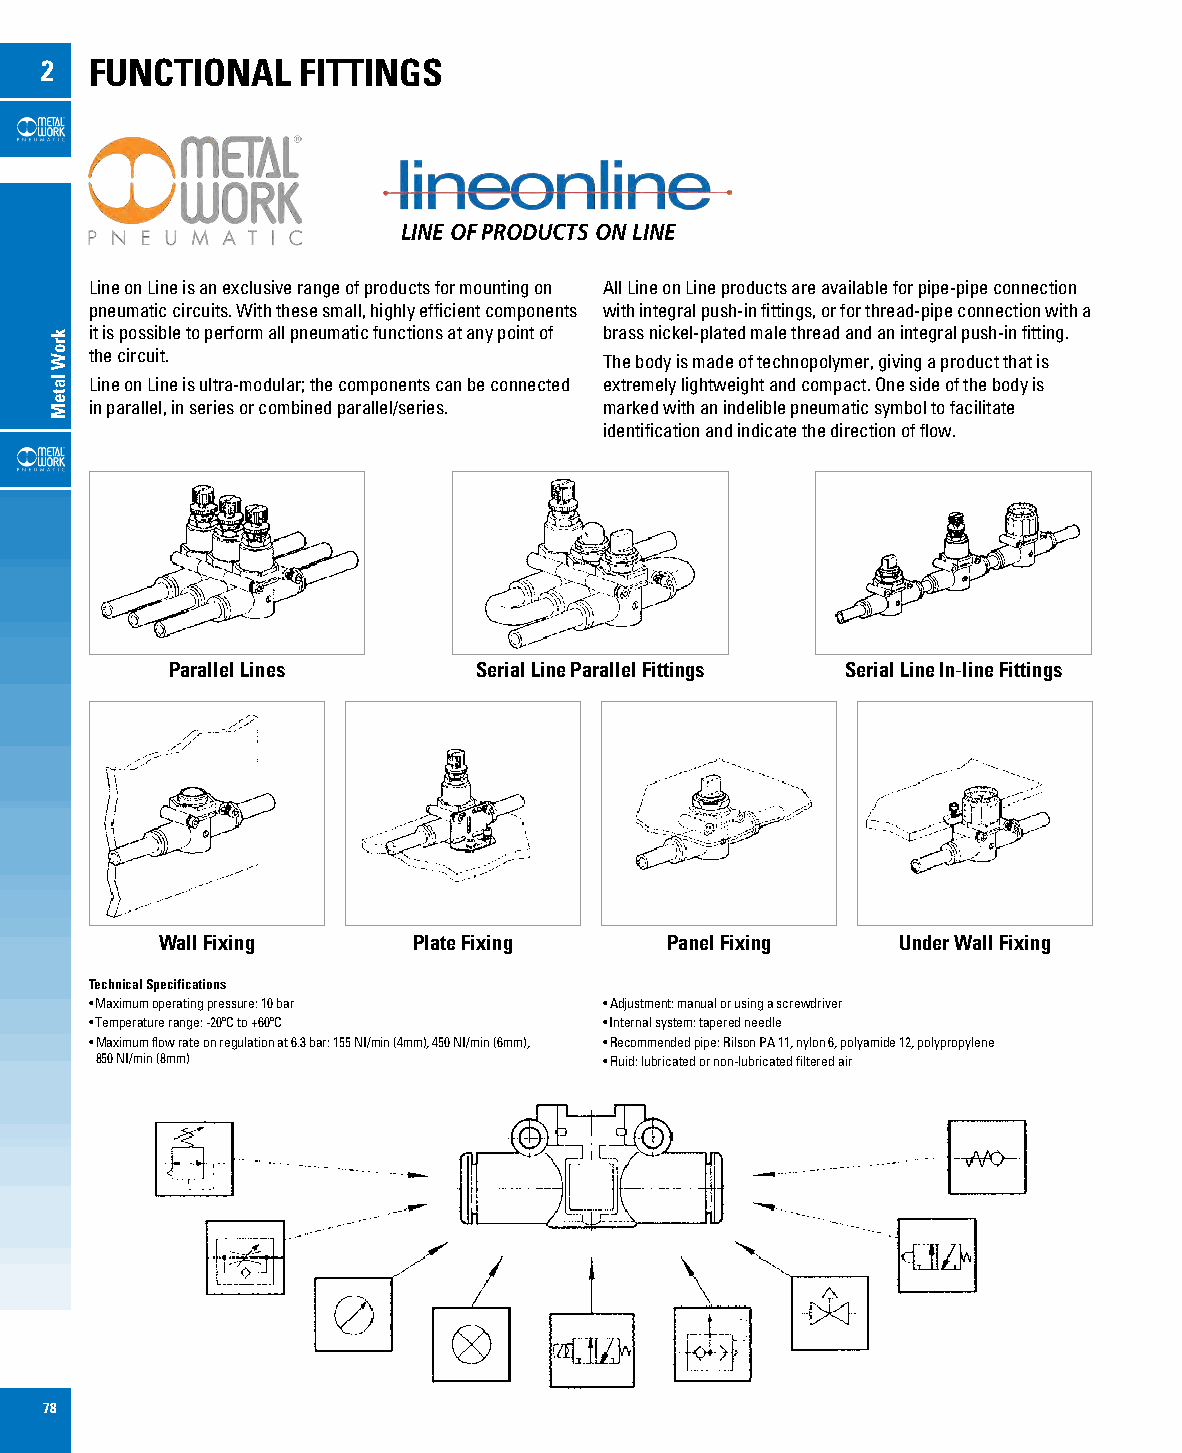
2  FUNCTIONAL    FITTINGS
 LINE OF PRODUCTS ON LINE
 Line on Line is an exclusive range of products for mounting on All Line on Line products are available for pipe-pipe connection
 pneumatic circuits. With these small, highly efficient components with integral push-in fittings, or for thread-pipe connection with a
 it is possible to perform all pneumatic functions at any point of brass nickel-plated male thread and an integral push-in fitting.
 the circuit.                      The body is made of technopolymer, giving a product that is
 Line on Line is ultra-modular; the components can be connected extremely lightweight and compact. One side of the body is
 in parallel, in series or combined parallel/series. marked with an indelible pneumatic symbol to facilitate
 identification and indicate the direction of flow.
 Parallel Lines      Serial Line Parallel Fittings Serial Line In-line Fittings
 Wall Fixing      Plate Fixing     Panel Fixing   Under Wall Fixing
 Technical Specifications
 • Maximum operating pressure: 10 bar • Adjustment: manual or using a screwdriver
 • Temperature range: -20ºC to +60ºC • Internal system: tapered needle
 • Maximum flow rate on regulation at 6.3 bar: 155 NI/min (4mm), 450 NI/min (6mm), • Recommended pipe: Rilson PA 11, nylon 6, polyamide 12, polypropylene
 850 NI/min (8mm)                  • Fluid: lubricated or non-lubricated filtered air
 78
 kroW
 lateM